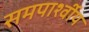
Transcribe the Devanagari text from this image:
समपार्श्वीय